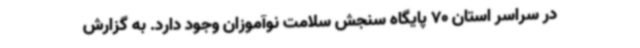
در سراسر استان 70 پایگاه سنجش سلامت نوآموزان وجود دارد. به گزارش